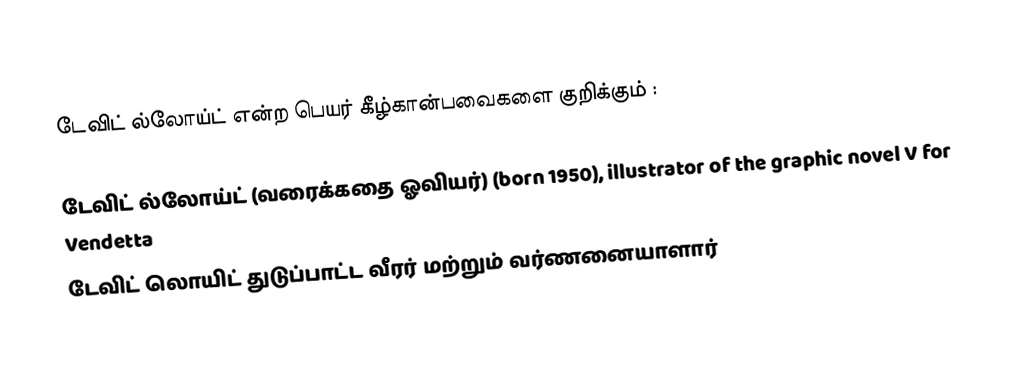
டேவிட் ல்லோய்ட் என்ற பெயர் கீழ்கான்பவைகளை குறிக்கும் :

டேவிட் ல்லோய்ட் (வரைக்கதை ஓவியர்) (born 1950), illustrator of the graphic novel V for Vendetta
டேவிட் லொயிட் துடுப்பாட்ட வீரர் மற்றும் வர்ணனையாளார்